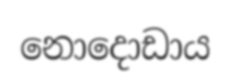
නොදොඩාය